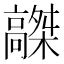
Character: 𩫤